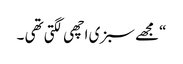
“مجھے سبزی اچھی لگتی تھی ۔